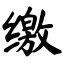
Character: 缴